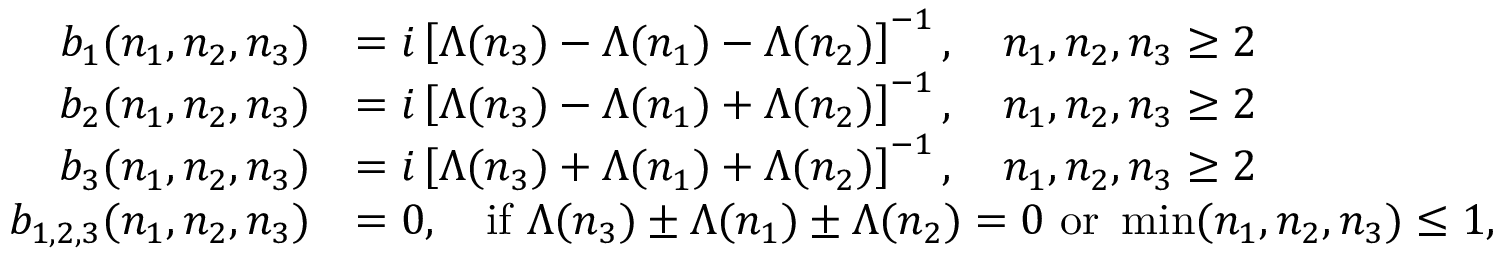
\begin{array} { r l } { b _ { 1 } ( n _ { 1 } , n _ { 2 } , n _ { 3 } ) } & { = i \left[ \Lambda ( n _ { 3 } ) - \Lambda ( n _ { 1 } ) - \Lambda ( n _ { 2 } ) \right] ^ { - 1 } , \quad n _ { 1 } , n _ { 2 } , n _ { 3 } \geq 2 } \\ { b _ { 2 } ( n _ { 1 } , n _ { 2 } , n _ { 3 } ) } & { = i \left[ \Lambda ( n _ { 3 } ) - \Lambda ( n _ { 1 } ) + \Lambda ( n _ { 2 } ) \right] ^ { - 1 } , \quad n _ { 1 } , n _ { 2 } , n _ { 3 } \geq 2 } \\ { b _ { 3 } ( n _ { 1 } , n _ { 2 } , n _ { 3 } ) } & { = i \left[ \Lambda ( n _ { 3 } ) + \Lambda ( n _ { 1 } ) + \Lambda ( n _ { 2 } ) \right] ^ { - 1 } , \quad n _ { 1 } , n _ { 2 } , n _ { 3 } \geq 2 } \\ { b _ { 1 , 2 , 3 } ( n _ { 1 } , n _ { 2 } , n _ { 3 } ) } & { = 0 , \quad \mathrm { i f ~ } \Lambda ( n _ { 3 } ) \pm \Lambda ( n _ { 1 } ) \pm \Lambda ( n _ { 2 } ) = 0 \mathrm { ~ o r ~ } \operatorname* { m i n } ( n _ { 1 } , n _ { 2 } , n _ { 3 } ) \leq 1 , } \end{array}